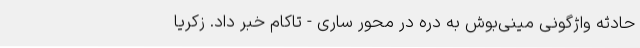
حادثه واژگونی مینی‌بوش به دره در محور ساری - تاکام خبر داد. زکریا